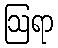
ဩရာ